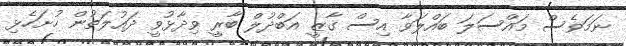
ނަމަވެސް މައްސަލަ ބައްލަވާ އިސް ގާޒީ އަބްދުލް ބާރީ ވިދާޅުވީ ދައުލަތުން ހުށަހެޅި